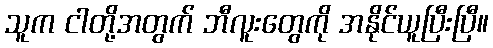
သူက ငါတို့အတွက် ဘီလူးတွေကို အနိုင်ယူပြီးပြီ။